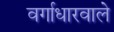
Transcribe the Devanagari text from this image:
वर्गाधारवाले